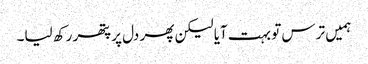
ہمیں ترس تو بہت آیا لیکن پھر دل پر پتھر رکھ لیا۔